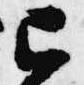
已